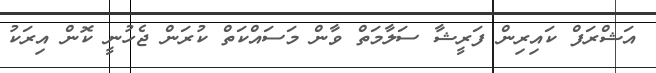
އަޝްރަފް ކައިރިން ފަރީޝާ ސަލާމަތް ވާން މަސައްކަތް ކުރަން ޖެހުނީ ކޮން އިރަކު